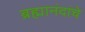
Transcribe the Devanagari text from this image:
ब्रह्मानंदांचे